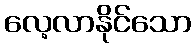
လေ့လာနိုင်သော